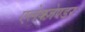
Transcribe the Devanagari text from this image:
एलेक्ज़ेण्डर